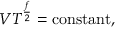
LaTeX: V T ^ { \frac { f } { 2 } } = { \mathrm { c o n s t a n t } } ,